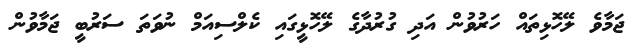
ޖަމާވެ ލޭހޮޅިތައް ހަރުވުން އަދި ގުރުދާގެ ލޭހޮޅީގައި ކެލްސިއަމް ނުވަތަ ސަރުބީ ޖަމާވުން